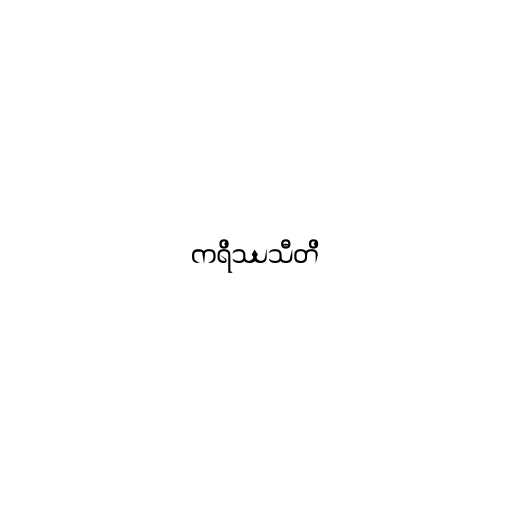
ကရိဿသီတိ